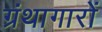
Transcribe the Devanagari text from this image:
ग्रंथागारों